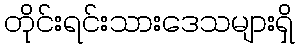
တိုင်းရင်းသားဒေသများရှိ